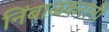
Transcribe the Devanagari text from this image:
निंबाळकरांनी